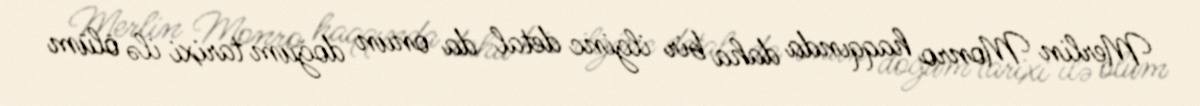
Merlin Monro haqqında daha bir ilginc detal da onun doğum tarixi ilə ölüm